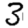
Digit: 3